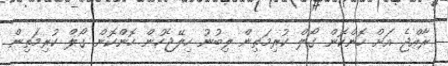
ރާއްޖެ އަށް ހޮންކޮން ގޯލް ކުރިމަތިން ލިބުނު ހިލޭޖެހުން ހޮންކޮން ގޯލް ކުރިމަތިން